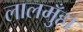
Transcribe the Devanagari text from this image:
लालमुँहा